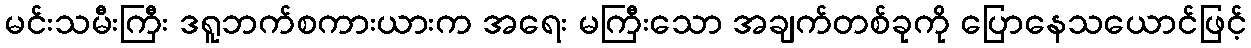
မင်းသမီးကြီး ဒရူဘက်စကားယားက အရေး မကြီးသော အချက်တစ်ခုကို ပြောနေသယောင်ဖြင့်